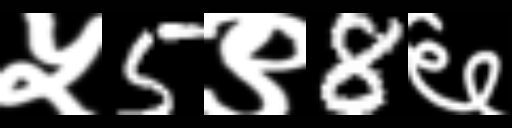
Text: ५5९8६